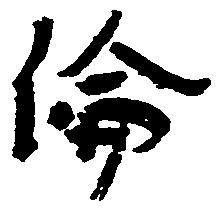
倫